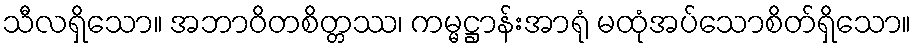
သီလရှိသော။ အဘာဝိတစိတ္တဿ၊ ကမ္မဋ္ဌာန်းအာရုံ မထုံအပ်သောစိတ်ရှိသော။